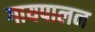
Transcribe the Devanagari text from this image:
गायपालन